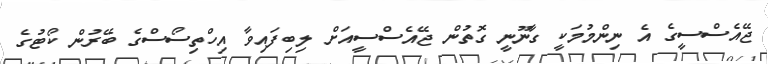
ޖޭއެސްސީގެ އެ ނިންމުމަކީ ގާނޫނީ ގޮތުން ޖޭއެސްސީއަށް ލިބިފައިވާ އިހްތިސޯސްގެ ބޭރުން ކޯޓުގެ